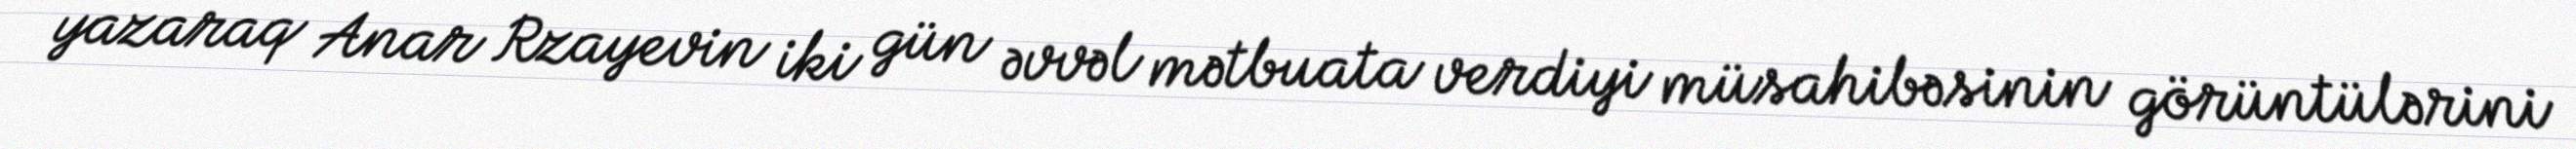
yazaraq Anar Rzayevin iki gün əvvəl mətbuata verdiyi müsahibəsinin görüntülərini